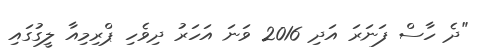
"ދެ ހާސް ފަނަރަ އަދި 2016 ވަނަ އަހަރު ދިވެހި ޕްރިމިއާ ލީގުގައި